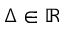
\Delta \in \mathbb R